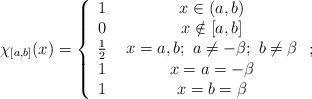
LaTeX: \begin{align*}\chi _{\left[ a,b\right] }(x)=\left\{ \begin{array}{cc}1 & \ x\in \left( a,b\right) \\ 0 & \ x\notin \left[ a,b\right] \\ \frac{1}{2} & \ x=a,b;\ a\neq -\beta ;\ b\neq \beta \\ 1 & \ x=a=-\beta \\ 1 & \ x=b=\beta\end{array}\right. ; \end{align*}